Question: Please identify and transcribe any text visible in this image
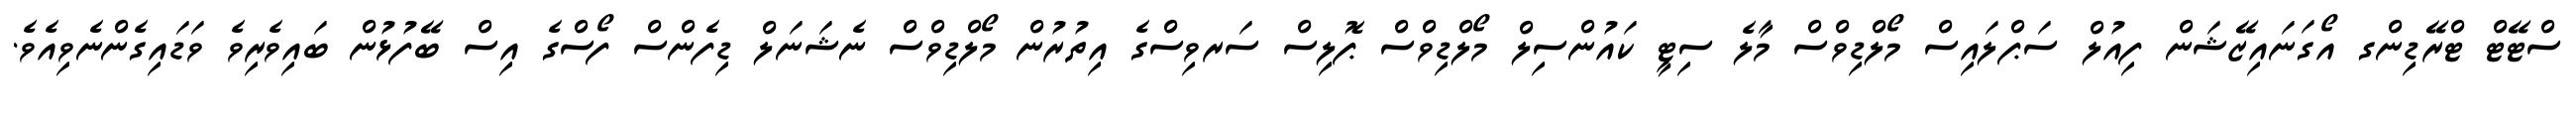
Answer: ސްޓޭޓް ޓްރޭޑިންގ އޯގަނައިޒޭޝަން ފިއުލް ސަޕްލައިސް މޯލްޑިވްސް މާލެ ސިޓީ ކައުންސިލް މޯލްޑިވްސް ޕޮލިސް ސަރވިސްގެ އިތުރުން މޯލްޑިވްސް ނެޝަނަލް ޑިފެންސް ފޯސްގެ އިސް ބޭފުޅުން ބައިވެރިވެ ވަޑައިގެންނެވިއެވެ.